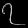
Digit: ၇